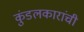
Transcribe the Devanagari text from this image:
कुंडलकारांची